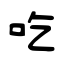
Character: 吃